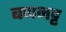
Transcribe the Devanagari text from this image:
बप्पभट्ट